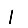
Digit: 1